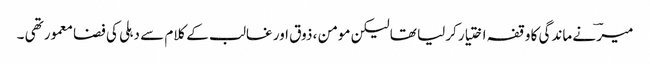
میرؔ نے ماندگی کا وقفہ اختیار کرلیا تھا لیکن مومن ، ذوق اور غالب کے کلام سے دہلی کی فضا معمور تھی ۔